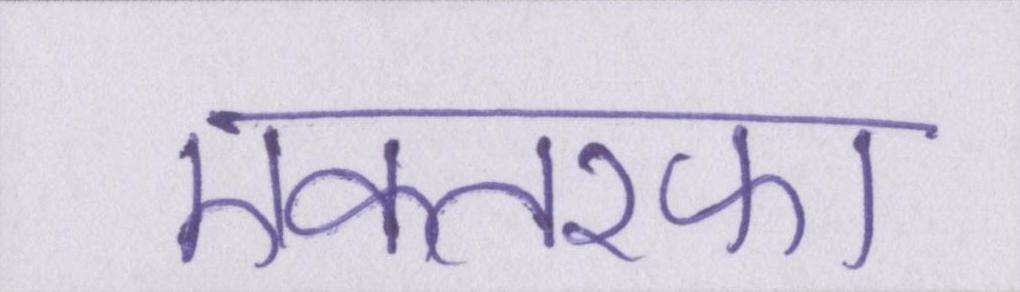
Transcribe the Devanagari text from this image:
एकतरफा